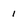
Character: 1